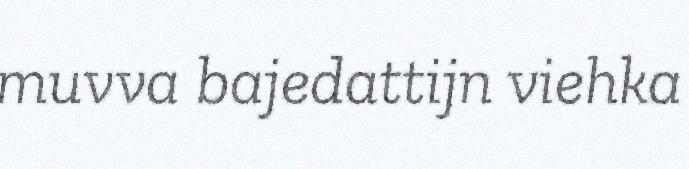
muvva bajedattijn viehka